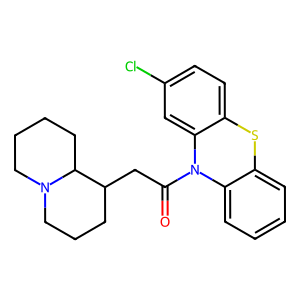
SMILES: O=C(CC1CCCN2CCCCC12)N1c2ccccc2Sc2ccc(Cl)cc21
Inhibits HIV replication: No